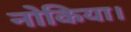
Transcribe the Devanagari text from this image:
नोकिया।